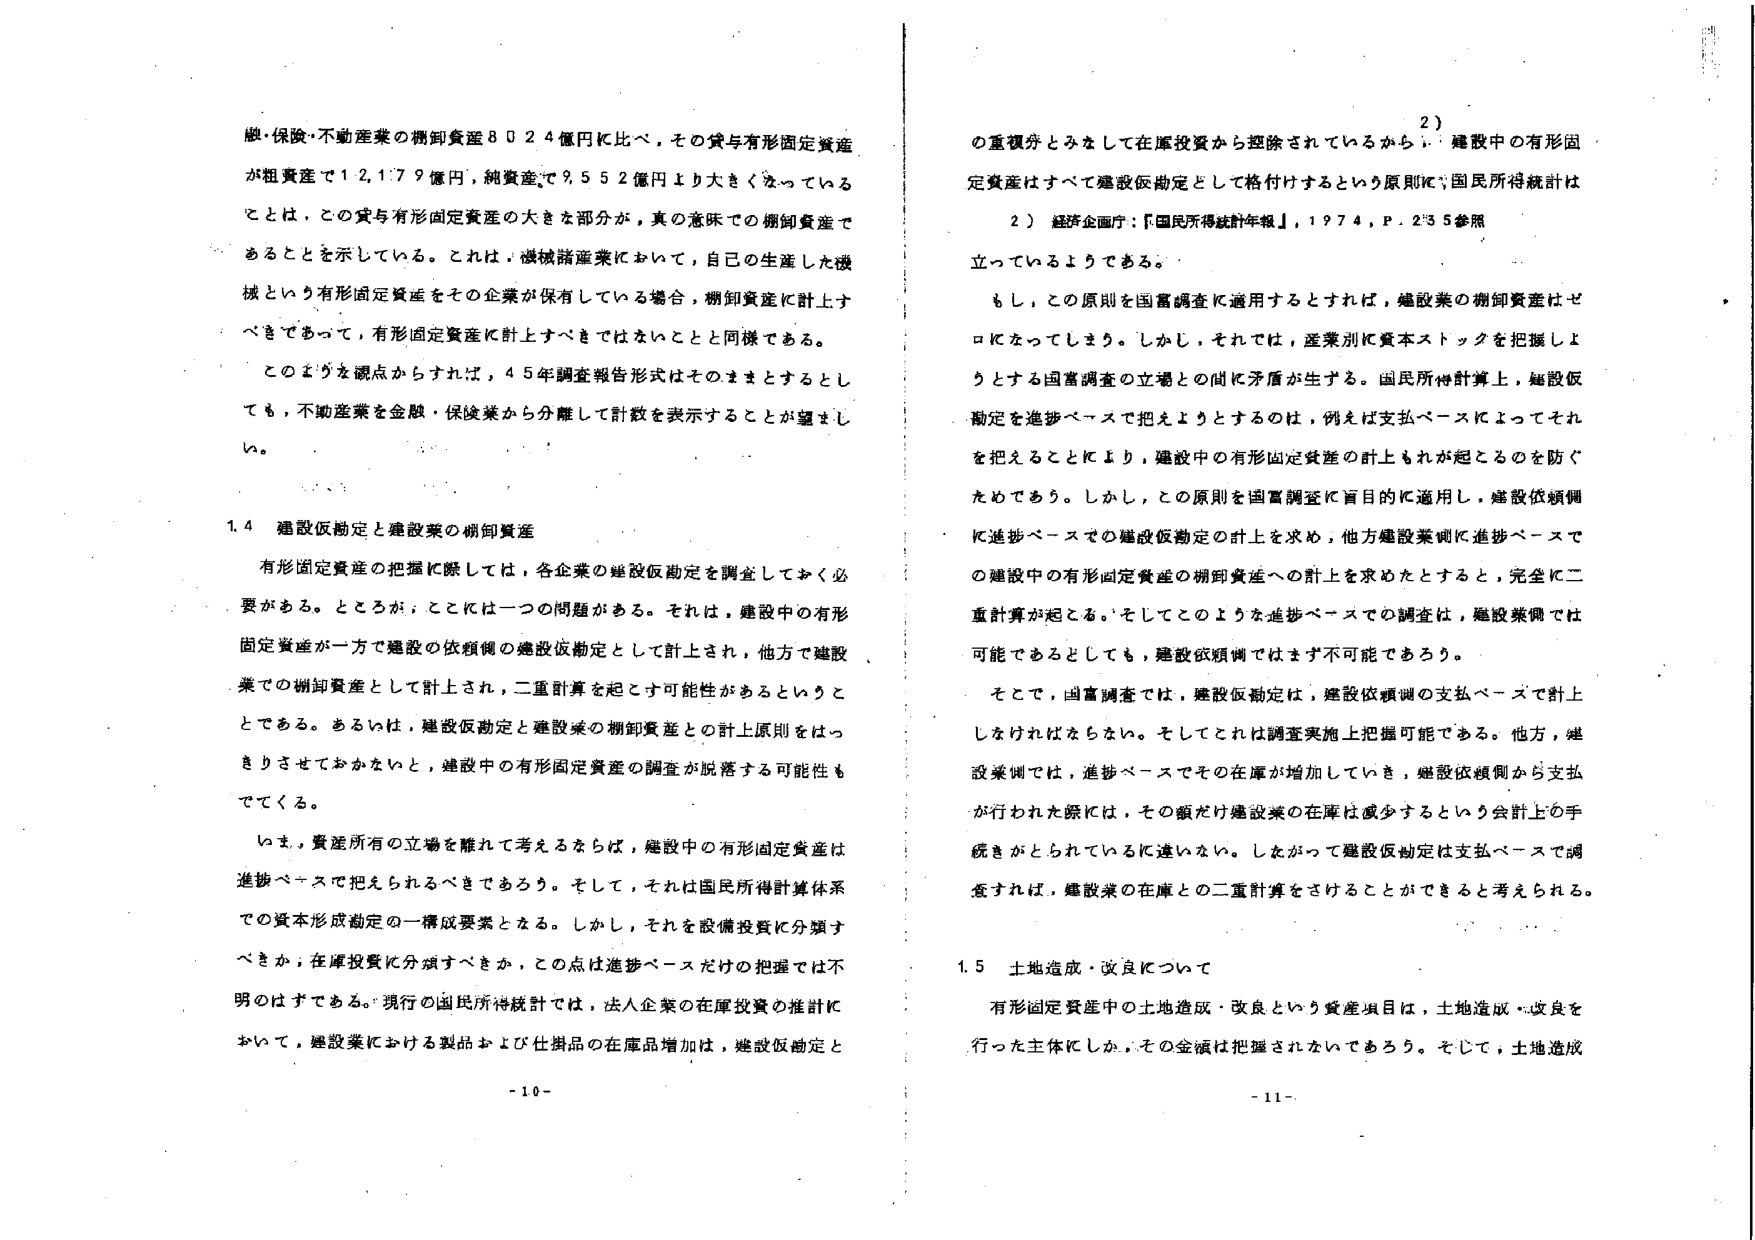
融・保険・不動産業の棚卸資産８０２４億円に比べ、その貸与有形固定資産が粗資産で１２，１７９億円、純資産で９，５５２億円より大きくなっていることは、この貸与有形固定資産の大きな部分が、真の意味での棚卸資産であることを示している。これは、機械諸産業において、自己の生産した機械という有形固定資産をその企業が保有している場合、棚卸資産に計上すべきであって、有形固定資産に計上すべきではないことと同様である。

このような観点からすれば、４５年調査報告形式はそのままとするとしても、不動産業を金融・保険業から分離して計数を表示することが望ましい。

1.4 建設仮勘定と建設業の棚卸資産

有形固定資産の把握に際しては、各企業の建設仮勘定を調査しておく必要がある。ところが、ここには一つの問題がある。それは、建設中の有形固定資産が一方で建設の依頼側の建設仮勘定として計上され、他方で建設業での棚卸資産として計上され、二重計算を起こす可能性があるということである。あるいは、建設仮勘定と建設業の棚卸資産との計上原則をはっきりさせておかないと、建設中の有形固定資産の調査が脱落する可能性もでてくる。

いま、資産所有の立場を離れて考えるならば、建設中の有形固定資産は進捗ベースで捉えられるべきであろう。そして、それは国民所得計算体系での資本形成勘定の一構成要素となる。しかし、それを設備投資に分類すべきか、在庫投資に分類すべきか、この点は進捗ベースだけの把握では不明のはずである。現行の国民所得統計では、法人企業の在庫投資の推計において、建設業における製品および仕掛品の在庫品増加は、建設仮勘定と

- 10 -

の重複分とみなして在庫投資から控除されているから、建設中の有形固定資産はすべて建設仮勘定として格付けするという原則に、国民所得統計は立っているようである。

2） 経済企画庁：『国民所得統計年報』、1974、P. 235参照

もし、この原則を国富調査に適用するとすれば、建設業の棚卸資産はゼロになってしまう。しかし、それでは、産業別に資本ストックを把握しようとする国富調査の立場との間に矛盾が生ずる。国民所得計算上、建設仮勘定を進捗ベースで捉えようとするのは、例えば支払ベースによってそれを捉えることにより、建設中の有形固定資産の計上もれが起こるのを防ぐためである。しかし、この原則を国富調査に目的的に適用し、建設依頼側に進捗ベースでの建設仮勘定の計上を求め、他方建設業側に進捗ベースでの建設中の有形固定資産の棚卸資産への計上を求めたとすると、完全に二重計算が起こる。そしてこのような進捗ベースでの調査は、建設業側では可能であるとしても、建設依頼側ではまず不可能であろう。

そこで、国富調査では、建設仮勘定は、建設依頼側の支払ベースで計上しなければならない。そしてこれは調査実施上把握可能である。他方、建設業側では、進捗ベースでその在庫が増加していき、建設依頼側から支払が行われた際には、その額だけ建設業の在庫は減少するという会計上の手続きがとられているに違いない。したがって建設仮勘定は支払ベースで調査すれば、建設業の在庫との二重計算をさけることができると考えられる。

1.5 土地造成・改良について

有形固定資産中の土地造成・改良という資産項目は、土地造成・改良を行った主体にしか、その金額は把握されないであろう。そして、土地造成

- 11 -